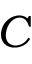
C